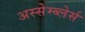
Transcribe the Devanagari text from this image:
अस्सेम्ब्लेर्स